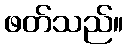
ဖတ်သည်။